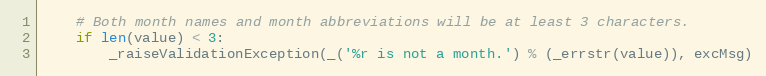
Language: Python
    # Both month names and month abbreviations will be at least 3 characters.
    if len(value) < 3:
        _raiseValidationException(_('%r is not a month.') % (_errstr(value)), excMsg)